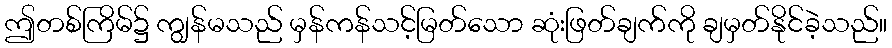
ဤတစ်ကြိမ်၌ ကျွန်မသည် မှန်ကန်သင့်မြတ်သော ဆုံးဖြတ်ချက်ကို ချမှတ်နိုင်ခဲ့သည်။